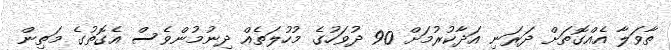
ތާވަލާ އެއްގޮތަށް ދަރަނި އަދާކުރުމަށް 90 ދުވަހުގެ މުހުލަތެއް ދިނުމުންވެސް އެގޮތުގެ މަތިން